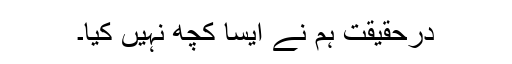
درحقیقت ہم نے ایسا کچھ نہیں کیا۔